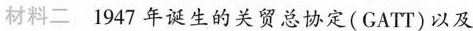
材料二 1947年诞生的关贸总协定(GATT)以及